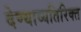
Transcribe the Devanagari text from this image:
देण्याव्यतिरिक्त